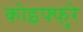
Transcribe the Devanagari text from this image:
कोइफ्फुरे